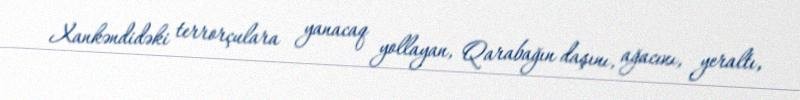
Xankəndidəki terrorçulara yanacaq yollayan, Qarabağın daşını, ağacını, yeraltı,